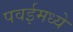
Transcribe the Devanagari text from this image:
पवईमध्ये